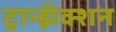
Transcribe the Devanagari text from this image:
ट्रान्झॅक्शन